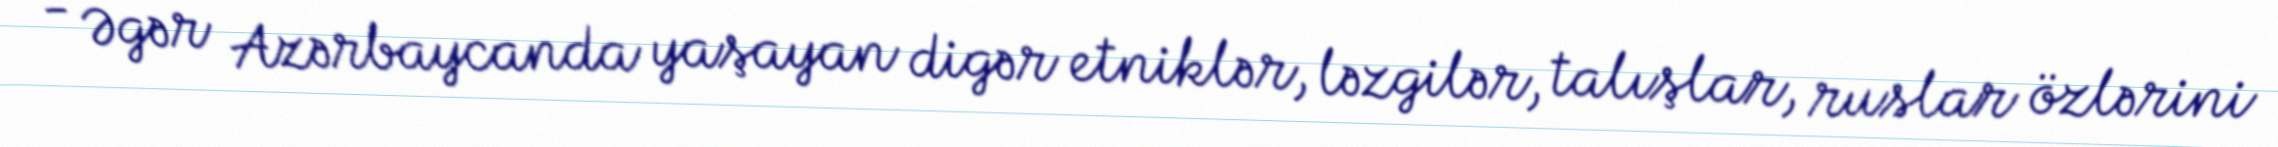
- Əgər Azərbaycanda yaşayan digər etniklər, ləzgilər, talışlar, ruslar özlərini